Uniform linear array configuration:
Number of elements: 64
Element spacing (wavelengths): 1
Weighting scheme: blackman
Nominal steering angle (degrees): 0
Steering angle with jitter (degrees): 0.8909
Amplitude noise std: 0.05
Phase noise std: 0.05

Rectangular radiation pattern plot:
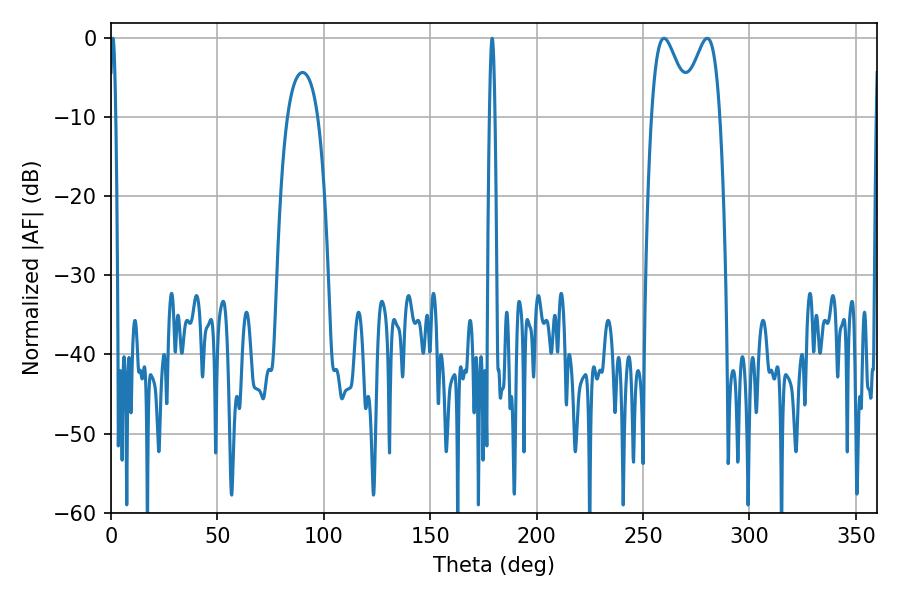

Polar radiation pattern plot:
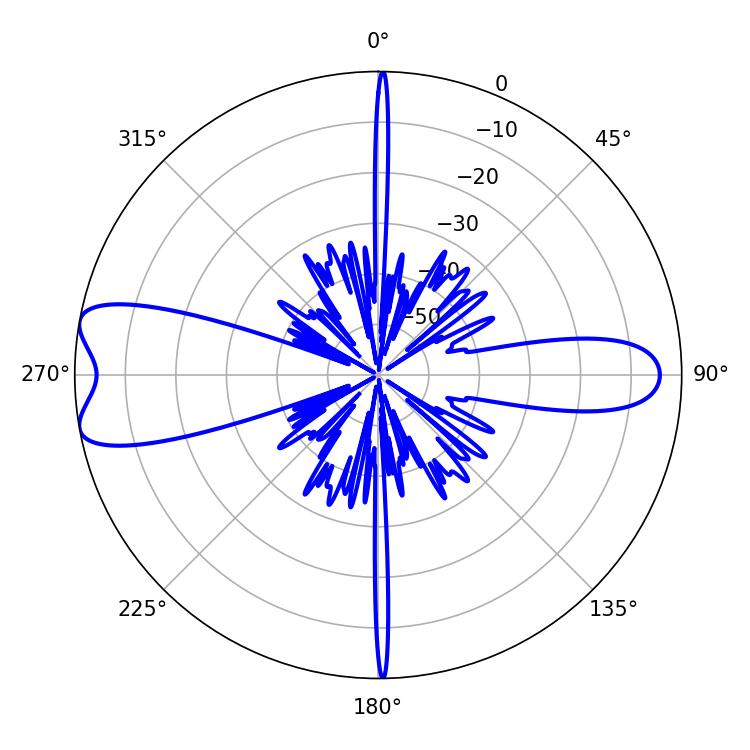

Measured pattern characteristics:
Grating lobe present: TRUE
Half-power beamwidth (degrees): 1.44
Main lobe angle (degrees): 0.9